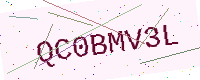
Text: QC0BMV3L